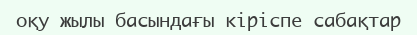
оқу жылы басындағы кіріспе сабақтар